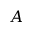
A